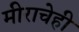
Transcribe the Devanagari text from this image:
मीराचेही